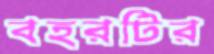
বহরটির